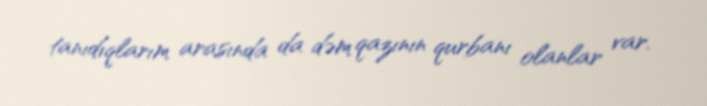
tanıdıqlarım arasında da dəm qazının qurbanı olanlar var.